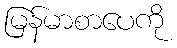
မြန်မာစာပေကို